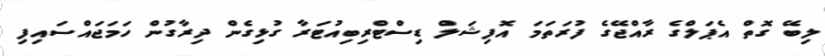
ލިބޭ ގޮތް އެޕަލްގެ ރާއްޖޭގެ ފުރަތަމަ އޮފިޝަލް ޑިސްޓްރިބިއުޓަރާ ގުޅިގެން ދިރާގުން ހަމަޖައްސައިފި